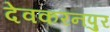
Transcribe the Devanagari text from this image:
देवकरनपुर